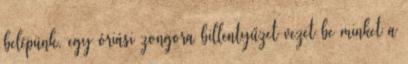
belépünk, egy óriási zongora billentyűzet vezet be minket a